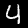
Digit: 4